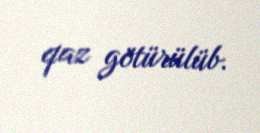
qaz götürülüb.